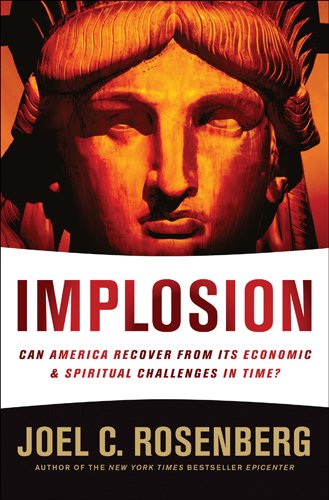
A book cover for Implosion: Can America Recover from Its Economic and Spiritual Challenges in Time?; Joel C. Rosenberg; Christian Books & Bibles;